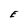
Character: E